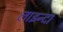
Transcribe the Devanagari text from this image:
लाइन्दा